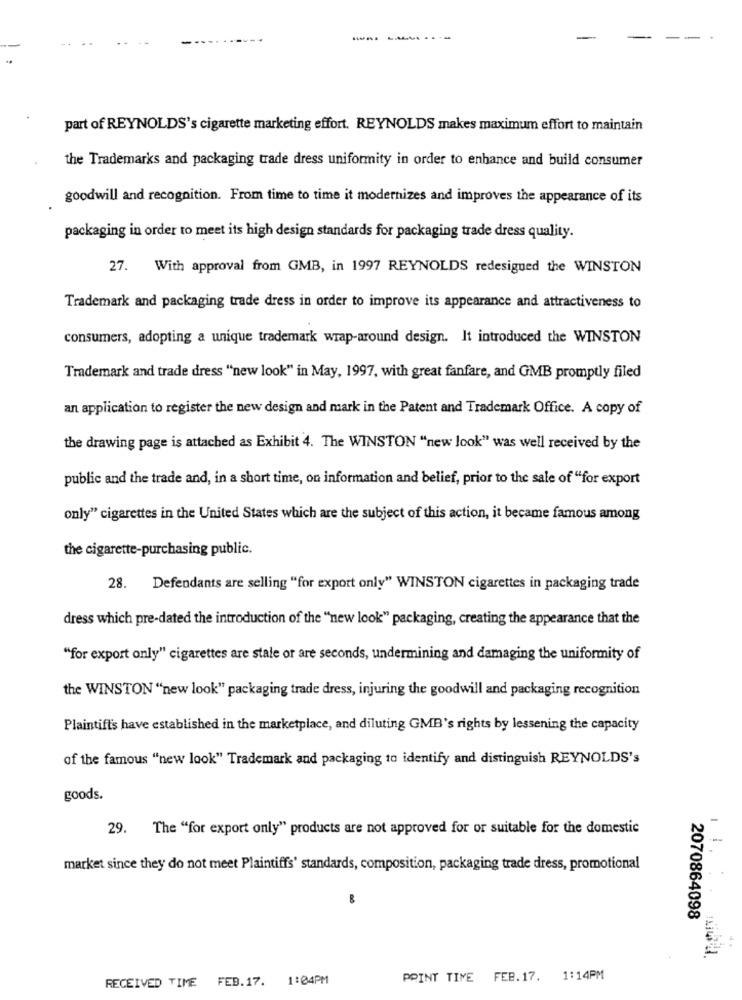
---.
part of REYNOLDS's cigarette marketing effort. REYNOLDS makes maximum effort to maintain
the Trademarks and packaging trade dress uniformity in order to enhance and build consumer
goodwill and recognition. From time to time it modernizes and improves the appearance of its
packaging in order to meet its high design standards for packaging trade dress quality.
27.
With approval from GMB, in 1997 REYNOLDS redesigued the WINSTON
Trademark and packaging trade dress in order to improve its appearance and attractiveness to
consumers, adopting a unique trademark wrap-around design. It introduced the WINSTON
Trademark and trade dress "new look" in May, 1997, with great fanfare, and GMB promptly filed
an application to register the new design and mark in the Patent and Trademark Office. A copy of
the drawing page is attached as Exhibit 4. The WINSTON "new look" was well received by the
public and the trade and, in a short time, on information and belief, prior to the sale of "for export
only" cigarettes in the United States which are the subject of this action, it became famous among
the cigarette-purchasing public.
28. Defendants are selling "for export only" WINSTON cigarettes in packaging trade
dress which pre-dated the introduction of the "new look" packaging, creating the appearance that the
"for export only" cigarettes are stale or are seconds, undermining and damaging the uniformity of
the WINSTON "new look" packaging trade dress, injuring the goodwill and packaging recognition
Plaintiff's have established in the marketplace, and diluting GMB's rights by lessening the capacity
of the famous "new look" Trademark and packaging to identify and distinguish REYNOLDS's
goods.
29. The "for export only" products are not approved for or suitable for the domestic
market since they do not meet Plaintiffs' standards, composition, packaging trade dress, promotional
8
2070864098
RECEIVED TIME FEB.17.
1:04PM
PRINT TIME FEB.17. 1:14PM